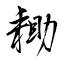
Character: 耡